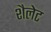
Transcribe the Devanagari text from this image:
शैलेट